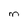
Character: M